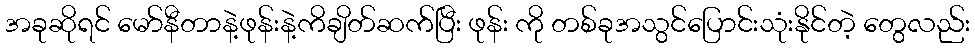
အခုဆိုရင် မော်နီတာနဲ့ဖုန်းနဲ့ကိချိတ်ဆက်ပြီး ဖုန်း ကို တစ်ခုအသွင်ပြောင်းသုံးနိုင်တဲ့ တွေလည်း